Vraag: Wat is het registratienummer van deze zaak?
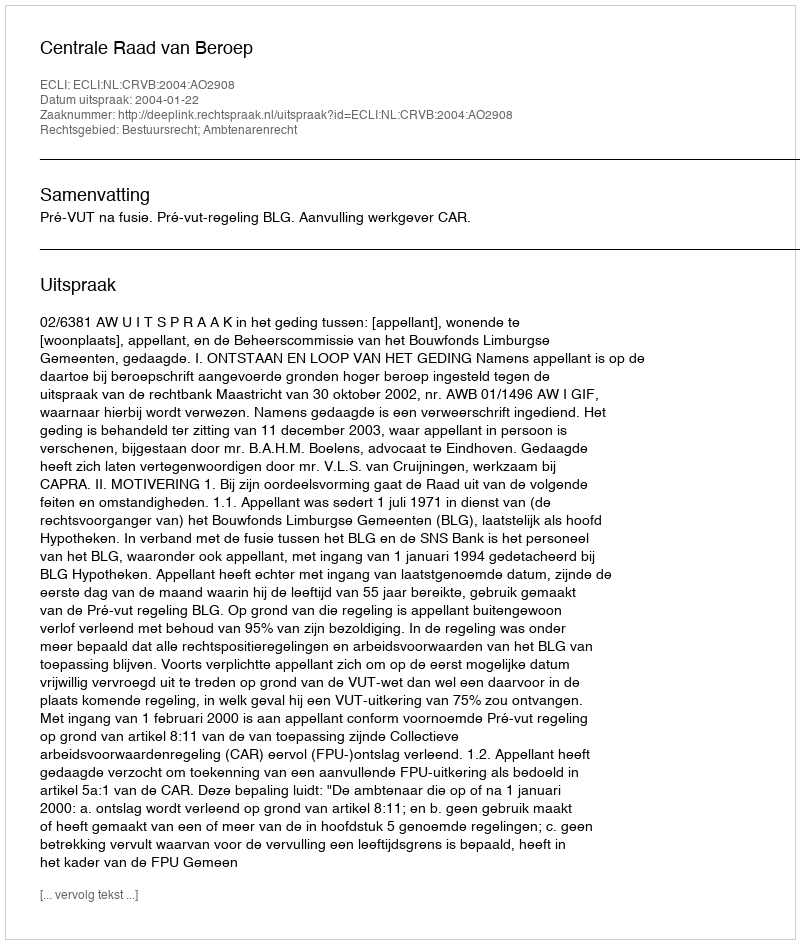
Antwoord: http://deeplink.rechtspraak.nl/uitspraak?id=ECLI:NL:CRVB:2004:AO2908